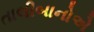
તાલીબાનોએ